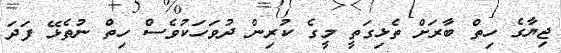
ޖިޔާގެ ހިތް ބާރަށް ތެޅިގަތީ މީގެ ކުރިން ދުވަހަކުވެސް ހިތް ނުތެޅޭ ފަދަ